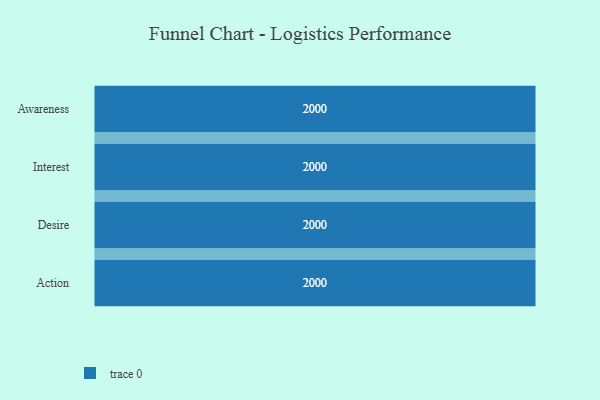
{"axis": {"x": "Stage", "y": "Value"}, "legend": [""], "data": [{"x": "Awareness", "y": 2000, "type": ""}, {"x": "Interest", "y": 2000, "type": ""}, {"x": "Desire", "y": 2000, "type": ""}, {"x": "Action", "y": 2000, "type": ""}]}